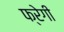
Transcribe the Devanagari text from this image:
फ्रेगी